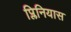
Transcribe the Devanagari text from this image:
प्लिनियास